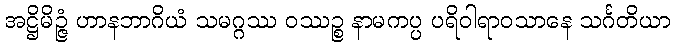
အဋ္ဌိမိဉ္ဇံ ဟာနဘာဂိယံ သမဂ္ဂဿ ဝဿဉ္စ နာမကပ္ပ ပရိဝါရာဝသာနေ သင်္ဂတိယာ